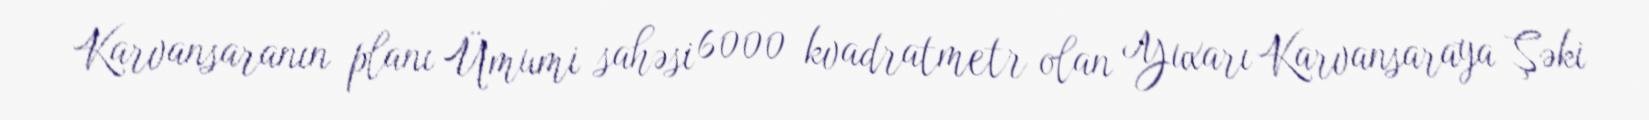
Karvansaranın planı Ümumi sahəsi 6000 kvadratmetr olan Yuxarı Karvansaraya Şəki